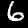
Digit: 6